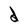
Character: d